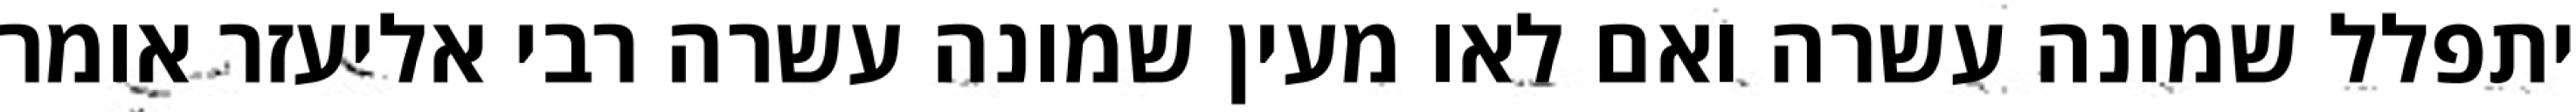
יתפלל שמונה עשרה ואם לאו מעין שמונה עשרה רבי אליעזר אומר